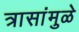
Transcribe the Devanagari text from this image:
त्रासांमुळे